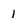
Character: 1